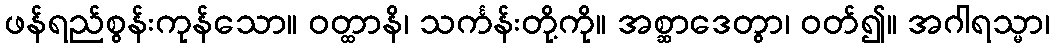
ဖန်ရည်စွန်းကုန်သော။ ဝတ္ထာနိ၊ သင်္ကန်းတို့ကို။ အစ္ဆာဒေတွာ၊ ဝတ်၍။ အဂါရသ္မာ၊